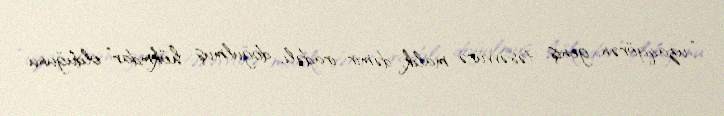
“uzaqgörən, geniş təsəvvürə malik, dəmir iradəli, doğulmuş hökmdar” olduğunu